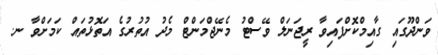
ވަންދޫގައި ގާއިމްކޮށްފައިވާ ރީޖަނަލް ވޭސްޓު މެނޭޖްމަންޓް މެދު އުތުރުގެ އަތޮޅުތައް ކަމަށްވާ ނ.